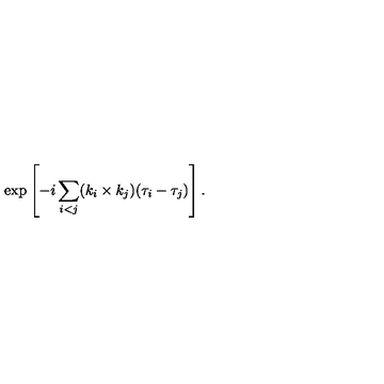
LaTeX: \exp \left[ - i \sum _ { i < j } ( k _ { i } \times k _ { j } ) ( \tau _ { i } - \tau _ { j } ) \right] .